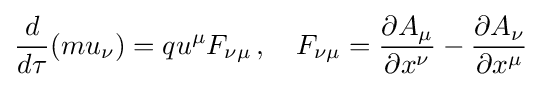
{\frac {d}{d\tau }}(mu_{\nu })=qu^{\mu }F_{\nu \mu }\,,\quad F_{\nu \mu }={\frac {\partial A_{\mu }}{\partial x^{\nu }}}-{\frac {\partial A_{\nu }}{\partial x^{\mu }}}